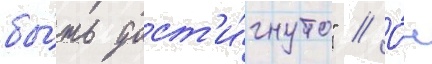
бы́ть дост'и́гнуто" // О́н